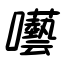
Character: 囈